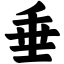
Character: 垂